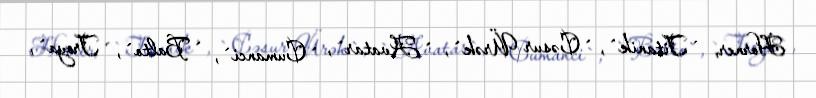
Horner, `Titanik`, `Cəsur Ürək`, `Avatar`, `Cumanci`, `Balto`, `Troya`,